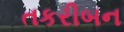
તકરીબન